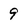
Character: 9